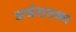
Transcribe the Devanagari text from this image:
अर्धशतका